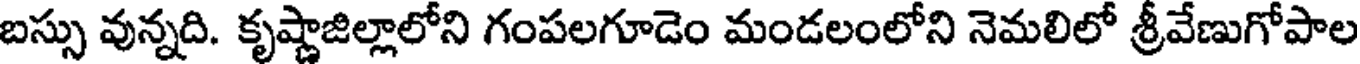
బస్సు వున్నది. కృష్ణాజిల్లాలోని గంపలగూడెం మండలంలోని నెమలిలో శ్రీవేణుగోపాల